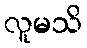
လူမသိ